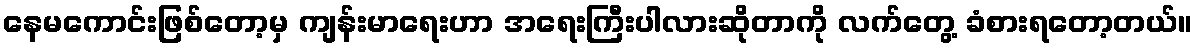
နေမကောင်းဖြစ်တော့မှ ကျန်းမာရေးဟာ အရေးကြီးပါလားဆိုတာကို လက်တွေ့ ခံစားရတော့တယ်။